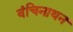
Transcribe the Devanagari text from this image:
वंचिनाथन